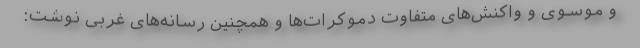
و موسوی و واکنش‌های متفاوت دموکرات‌ها و همچنین رسانه‌های غربی نوشت: